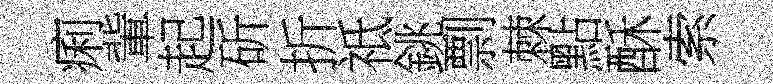
痢軰起斫折祗銚剽棘點酥索